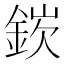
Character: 𬫘